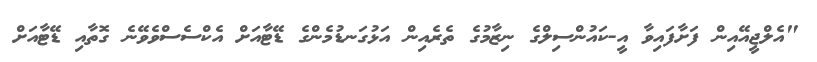
"އެލްޖީއޭއިން ފަށާފައިވާ އީ-ކައުންސިލްގެ ނިޒާމުގެ ތެރެއިން އަޅުގަނޑުމެންގެ ޑޭޓާއަށް އެކްސެސްވެވޭނެ ގޮތާއި ޑޭޓާއަށް